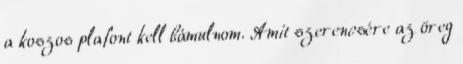
a koszos plafont kell bámulnom. Amit szerencsére az öreg